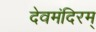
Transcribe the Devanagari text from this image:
देवमंदिरम्